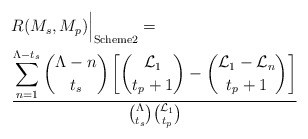
\begin{align*}\begin{aligned} & R(M_s,M_p)\Big|_{\textrm{Scheme2}} =\\ & \frac{\displaystyle\sum_{n=1}^{\Lambda-t_s}\binom{\Lambda-n}{t_s}\left[\binom{\mathcal{L}_1}{t_p+1}-\binom{\mathcal{L}_1-\mathcal{L}_n}{t_p+1}\right]}{\binom{\Lambda}{t_s}\binom{\mathcal{L}_1}{t_p}} \end{aligned}\end{align*}